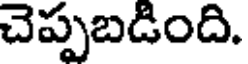
చెప్పబడింది.